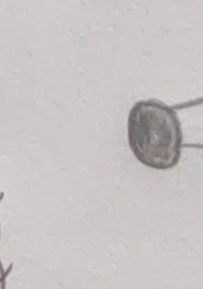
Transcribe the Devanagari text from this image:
ङ